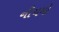
નીયમો